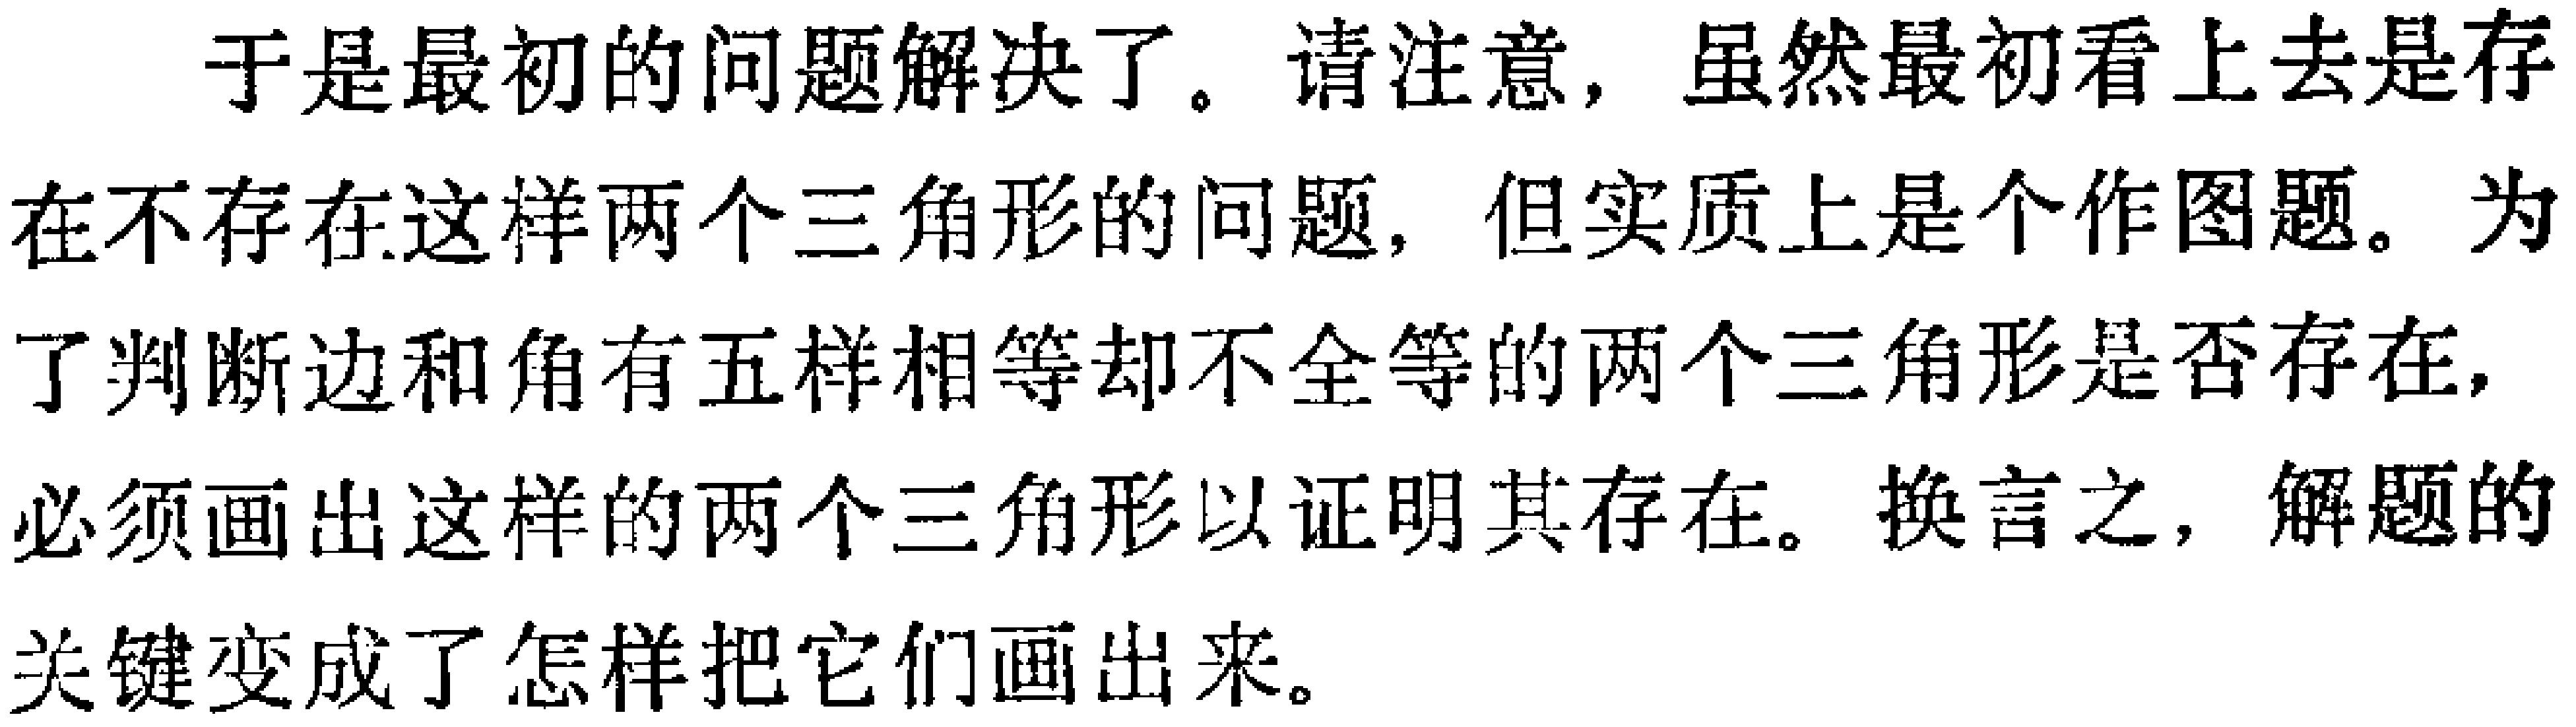
于是最初的问题解决了。请注意，虽然最初看上去是存在不存在这样两个三角形的问题，但实质上是个作图题。为了判断边和角有五样相等却不全等的两个三角形是否存在，必须画出这样的两个三角形以证明其存在。换言之，解题的关键变成了怎样把它们画出来。